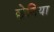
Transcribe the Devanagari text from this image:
छेदिया